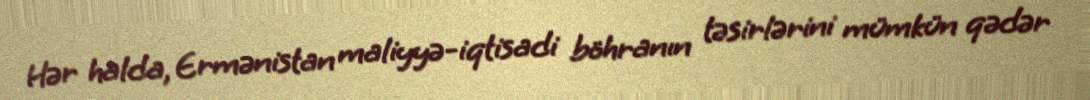
Hər halda, Ermənistan maliyyə-iqtisadi böhranın təsirlərini mümkün qədər